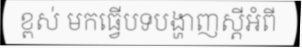
ខ្ពស់ មកធ្វើបទបង្ហាញស្តីអំពី